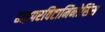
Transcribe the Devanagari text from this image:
हाइपरविटामिनोसिस